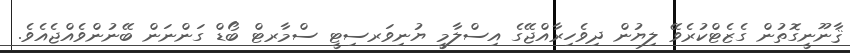
ޤާނޫނީގޮތުން ގެޒެޓްކުރެވޭ ލިޔުން ދިވެހިރާއްޖޭގެ އިސްލާމީ ޔުނިވަރސިޓީ ސްމާރޓް ބޯޑް ގަންނަން ބޭނުންވެއްޖެއެވެ.